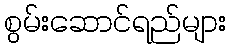
စွမ်းဆောင်ရည်များ